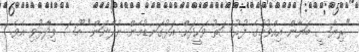
"ރިޔާސީ ބަޔާން އިއްވުމުގެ ފުރުސަތު ވަހީދަށް އަޅުގަނޑުމެން ނުދޭނަން" މޫސަ ވިދާޅުވި އެވެ.